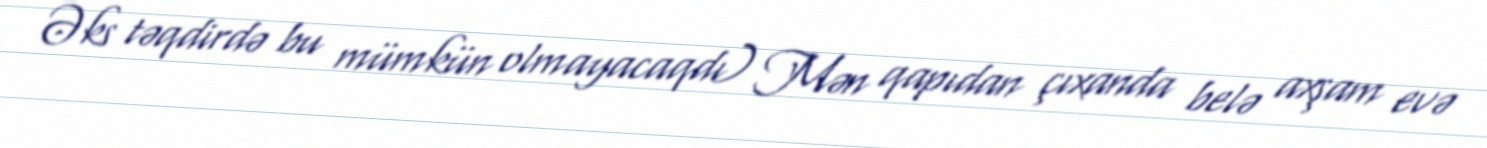
Əks təqdirdə bu mümkün olmayacaqdı) Mən qapıdan çıxanda belə axşam evə